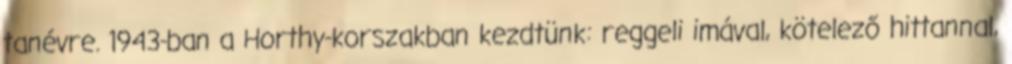
tanévre. 1943-ban a Horthy-korszakban kezdtünk: reggeli imával, kötelező hittannal,